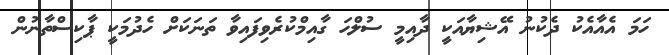
ހަމަ އެއާއެކު ދެކުނު އޭޝިޔާއަކީ ދާއިމީ ސުލްހަ ގާއިމްކުރެވިފައިވާ ތަނަކަށް ހެދުމަކީ ޕާކިސްތާނުން